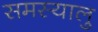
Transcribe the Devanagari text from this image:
समस्यालु